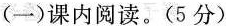
(一)课内阅读。(5分)